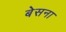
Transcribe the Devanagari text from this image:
बेसना